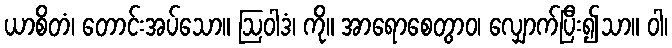
ယာစိတံ၊ တောင်းအပ်သော။ ဩဝါဒံ၊ ကို။ အာရောစေတွာဝ၊ လျှောက်ပြီး၍သာ။ ဝါ၊